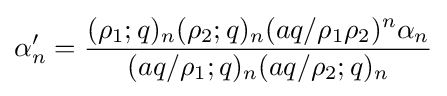
\alpha _{n}^{\prime }={\frac {(\rho _{1};q)_{n}(\rho _{2};q)_{n}(aq/\rho _{1}\rho _{2})^{n}\alpha _{n}}{(aq/\rho _{1};q)_{n}(aq/\rho _{2};q)_{n}}}